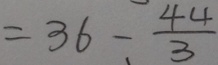
= 3 6 - \frac { 4 4 } { 3 }